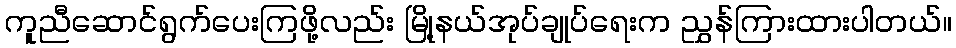
ကူညီဆောင်ရွက်ပေးကြဖို့လည်း မြို့နယ်အုပ်ချုပ်ရေးက ညွှန်ကြားထားပါတယ်။